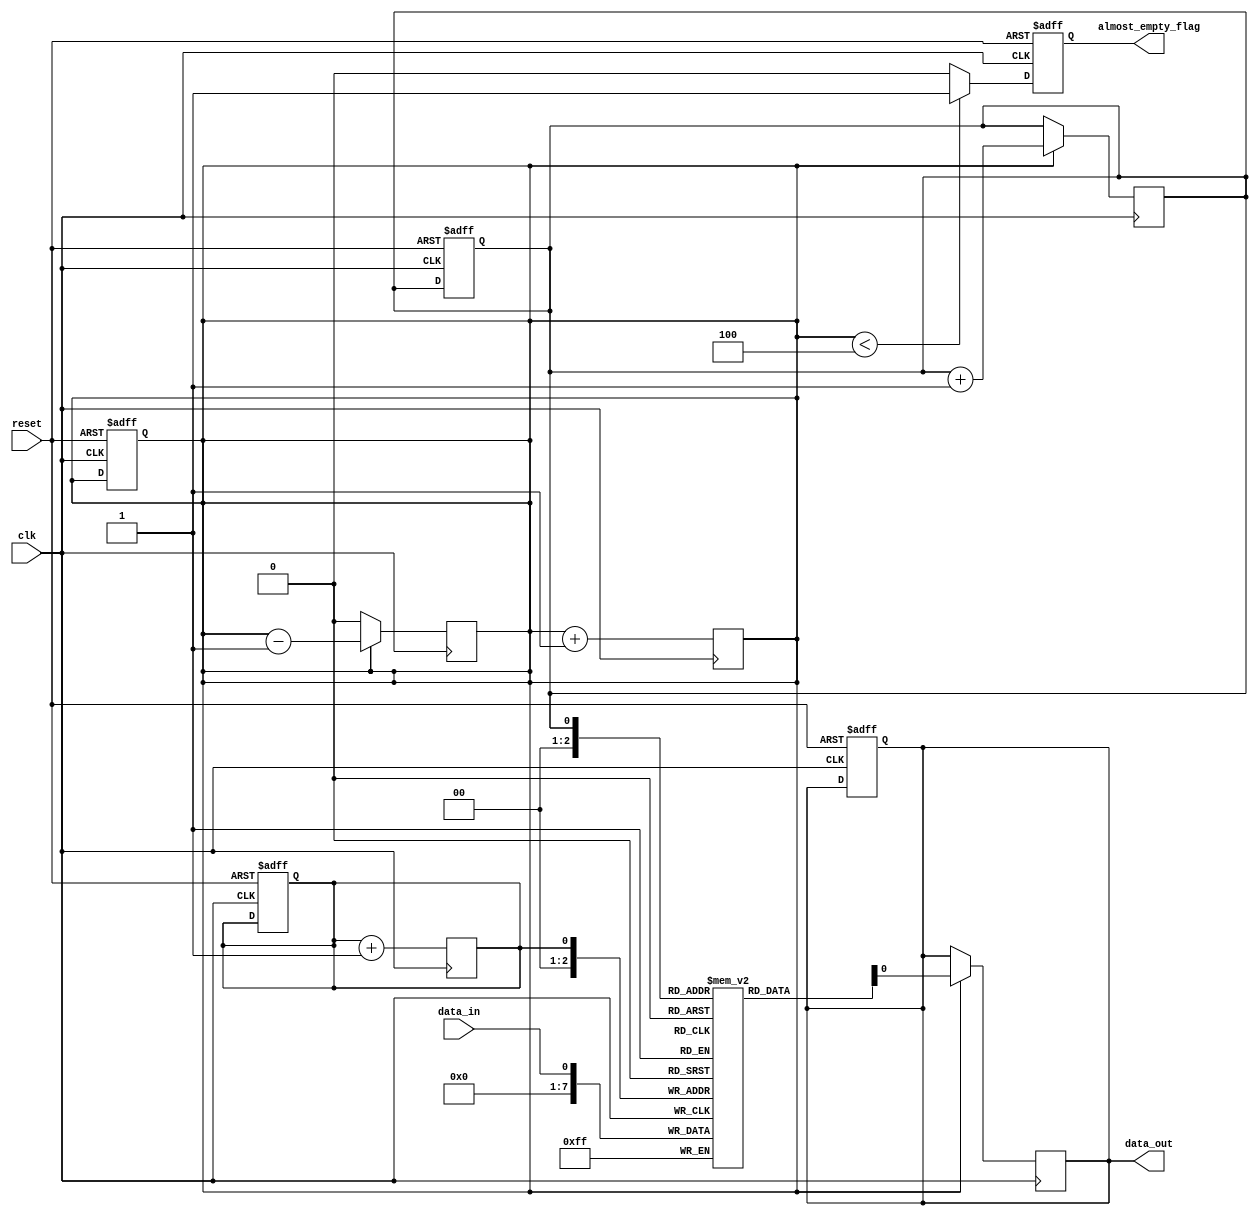
module almost_empty_fifo (
  input clk,
  input reset,
  input data_in,
  output reg data_out,
  output reg almost_empty_flag
);

parameter THRESHOLD = 4; // Set threshold for almost empty condition

reg [7:0] fifo_buffer [0:7]; // Define FIFO buffer with 8 entries
reg head = 0;
reg tail = 0;
reg count = 0;

always @(posedge clk or posedge reset) begin
  if (reset) begin
    head <= 0;
    tail <= 0;
    count <= 0;
    data_out <= 0;
    almost_empty_flag <= 0;
  end else begin
    if (count < THRESHOLD) begin
      almost_empty_flag <= 1; // Set Almost-Empty flag when buffer is almost empty
    end else begin
      almost_empty_flag <= 0;
    end
  end
end

always @(posedge clk) begin
  if (count != 8) begin
    fifo_buffer[head] <= data_in; // Store incoming data in FIFO buffer
    head <= head + 1;
    count <= count + 1;
  end
end

always @(posedge clk) begin
  if (count != 0) begin
    data_out <= fifo_buffer[tail]; // Output data from FIFO buffer
    tail <= tail + 1;
    count <= count - 1;
  end
end

endmodule